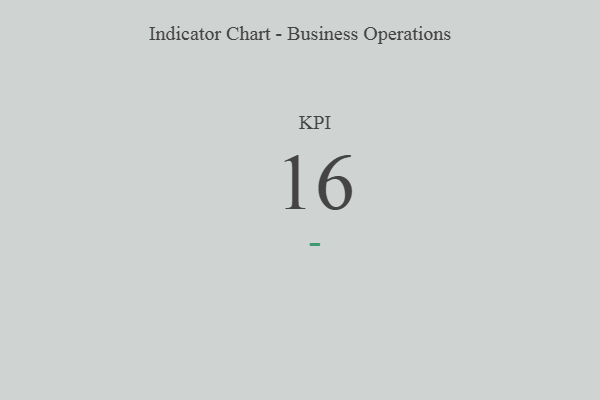
{"axis": {"x": "KPI", "y": "Value"}, "legend": [""], "data": [{"x": "KPI", "y": 16, "type": ""}]}